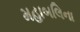
મહાબલિના